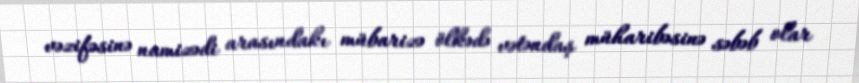
vəzifəsinə namizədi arasındakı mübarizə ölkədə vətəndaş müharibəsinə səbəb olar